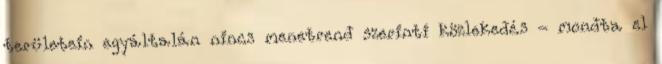
területein egyáltalán nincs menetrend szerinti közlekedés - mondta el